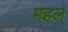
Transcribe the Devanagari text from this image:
महल्